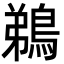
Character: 鵜